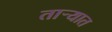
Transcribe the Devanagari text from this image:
तार्‍यात